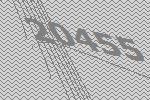
20455